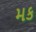
મક